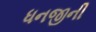
ધનજીની